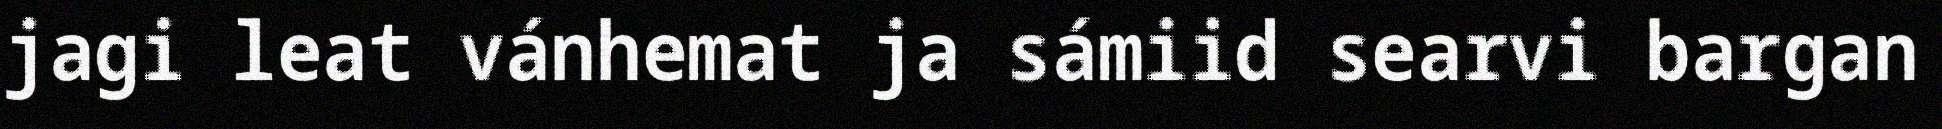
jagi leat vánhemat ja sámiid searvi bargan